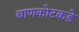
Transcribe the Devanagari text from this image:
बाणकोटकडे